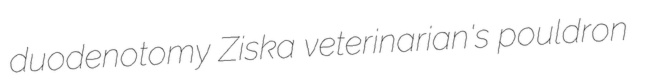
duodenotomy Ziska veterinarian's pouldron